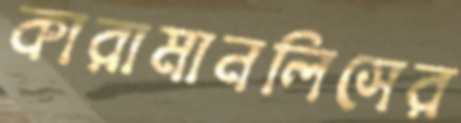
কারামানলিসের